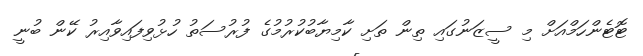
ޓޮޓެންހަމްއަށް މި ސީޒަނުގައި ތިން ތަށި ކާމިޔާބުކުރުމުގެ ފުރުސަތު ހުޅުވިފައިވާއިރު ކޭން ބުނީ